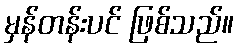
မှန်တန်းပင် ဖြစ်သည်။